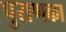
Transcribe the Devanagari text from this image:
पुराणका